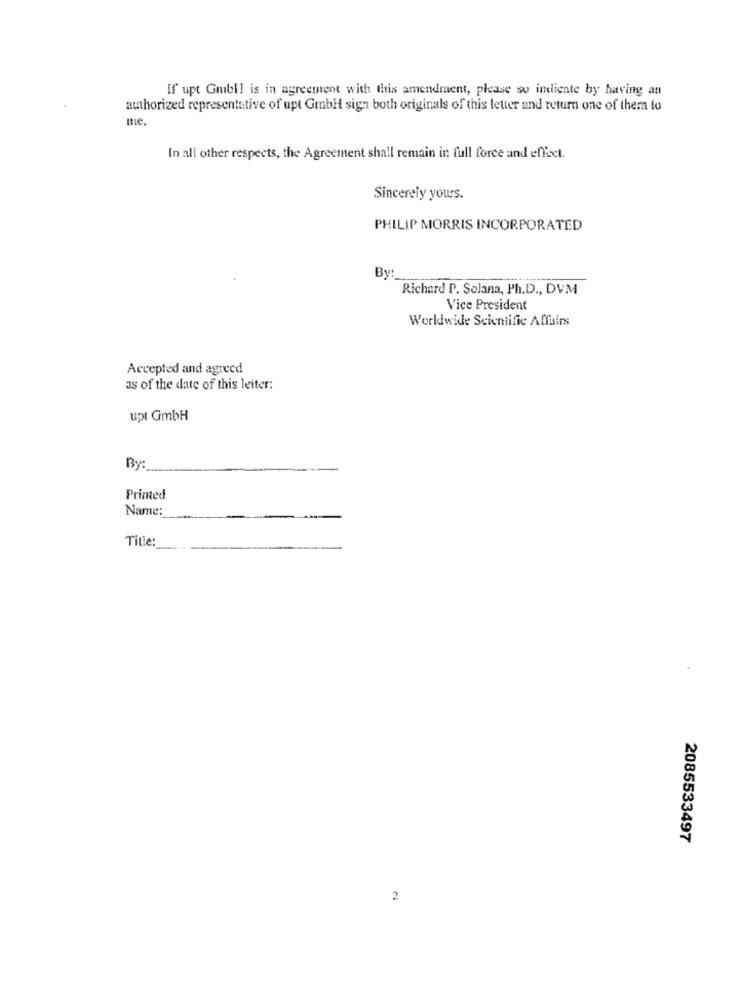
If upt Grubll is in agreement with this amendment, please so incliente by having an
authorized representative of upt GmbH sign both originals of this letter and return one of them to
me,
In all other respects, the Agreement shall remain in full force and effect.
Sincerely yours.
PHILIP MORRIS INCORPORATED
By
Richard P. Solana, Ph.D ., DVM
Vice President
Worldwide Scientific Affairs
Accepted and agreed
as of the date of this leiter:
upt GmbH
By:
Printed
Name:
Title:
2085533497
2